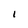
Character: i